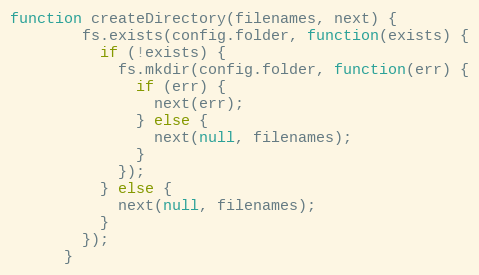
Language: JavaScript
function createDirectory(filenames, next) {
        fs.exists(config.folder, function(exists) {
          if (!exists) {
            fs.mkdir(config.folder, function(err) {
              if (err) {
                next(err);
              } else {
                next(null, filenames);
              }
            });
          } else {
            next(null, filenames);
          }
        });
      }